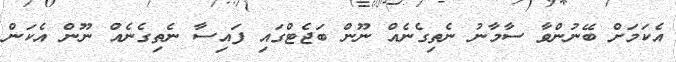
އެކަމަށް ބޭނުންވާ ސާމާނު ނެތިގެނެއް ނޫން ބަޖެޓްގައި ފައިސާ ނެތިގެނެއް ނޫން އެކަން